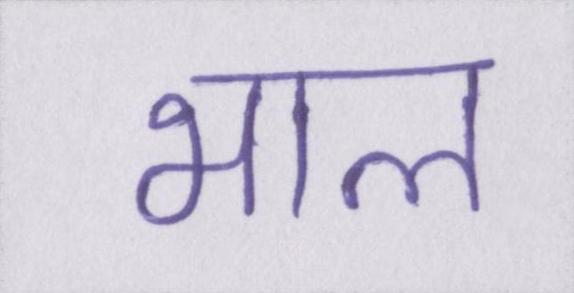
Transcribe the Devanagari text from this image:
भाल